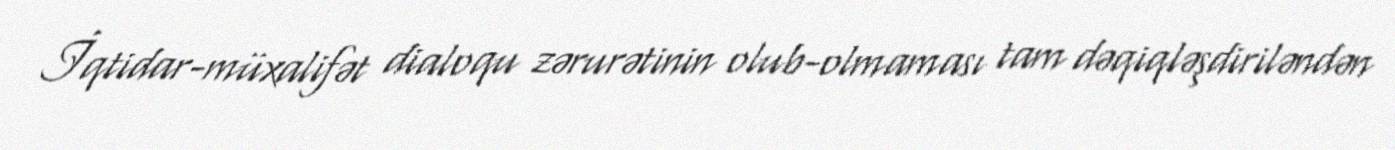
İqtidar-müxalifət dialoqu zərurətinin olub-olmaması tam dəqiqləşdiriləndən